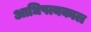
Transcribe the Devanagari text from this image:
आधिपत्यकाल